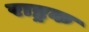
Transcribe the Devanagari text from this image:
राष्ट्रक